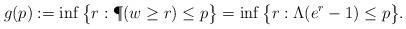
LaTeX: \begin{align*} g(p) := \inf \big\{ r: \P( w \ge r)\le p \big\} = \inf \big\{ r: \Lambda(e^r-1) \le p \big\}.\end{align*}